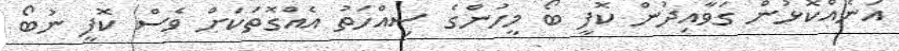
އަނެއްކޮޅުން ގަވާއިދުން ކޮފީ ބޯ މީހުންގެ ސިއްހަތު އެއްގޮތަކަށް ވެސް ކޮފީ ނުބޯ